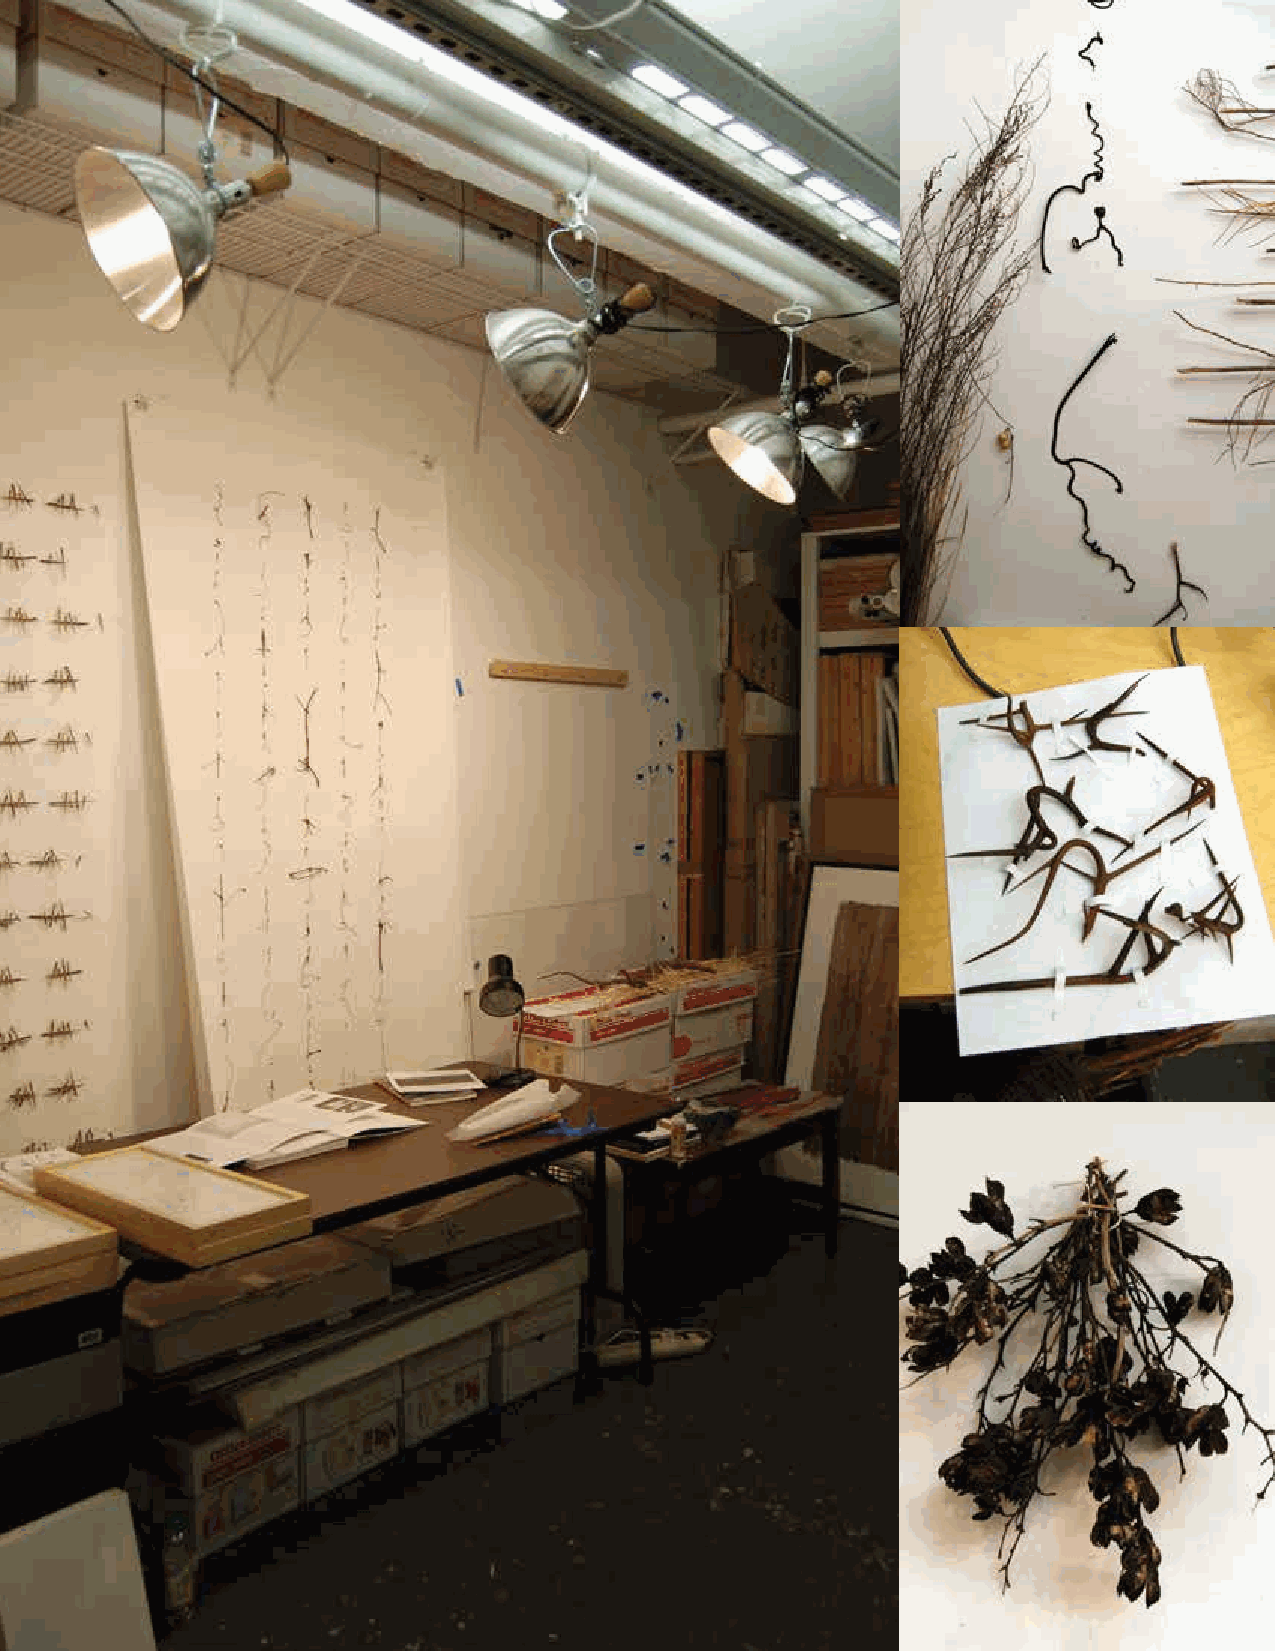
Letter Arts Review 27:1                                           13